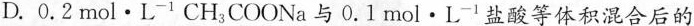
D.0.2mol·L^{-1}CH_{3}COONa与0.1mol·L^{-1}盐酸等体积混合后的